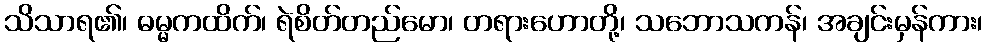
သိသာရ၏၊ ဓမ္မကထိက်၊ ရဲစိတ်တည်မော၊ တရားဟောတို့၊ သဘောသကန်၊ အချင်းမှန်ကား၊